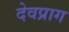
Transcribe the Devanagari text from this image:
देवप्राग